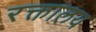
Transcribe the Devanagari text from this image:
रक्तालय